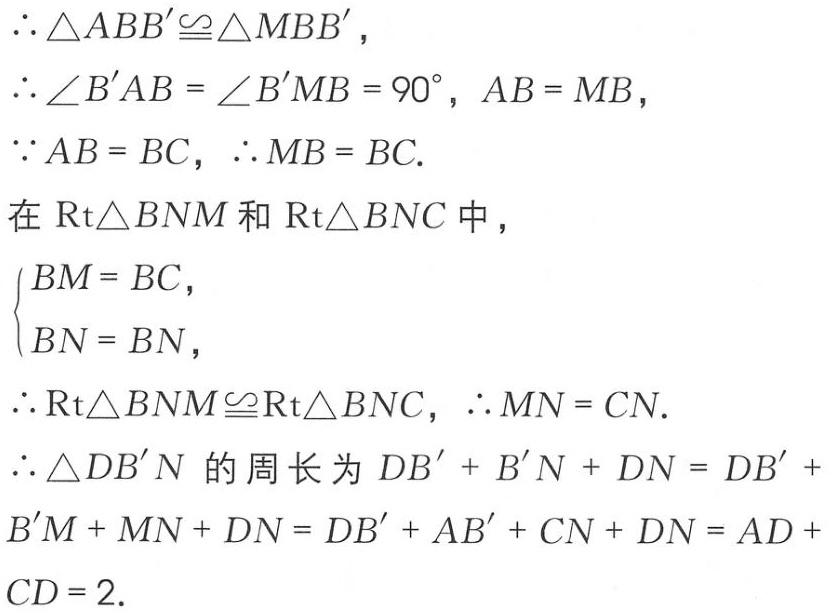
\(\therefore \triangle ABB'\cong \triangle MBB'\)，
\(\therefore \angle B'AB = \angle B'MB = 90^{\circ}, AB = MB\)，
\(\because AB = BC, \therefore MB = BC\).
在\(\text{Rt}\triangle BNM\)和\(\text{Rt}\triangle BNC\)中，
\(\begin{cases}
BM = BC, \\
BN = BN,
\end{cases}\)
\(\therefore \text{Rt}\triangle BNM\cong \text{Rt}\triangle BNC, \therefore MN = CN\).
\(\therefore \triangle DB'N\)的周长为\(DB' + B'N + DN = DB' + B'M + MN + DN = DB' + AB' + CN + DN = AD + CD = 2\).